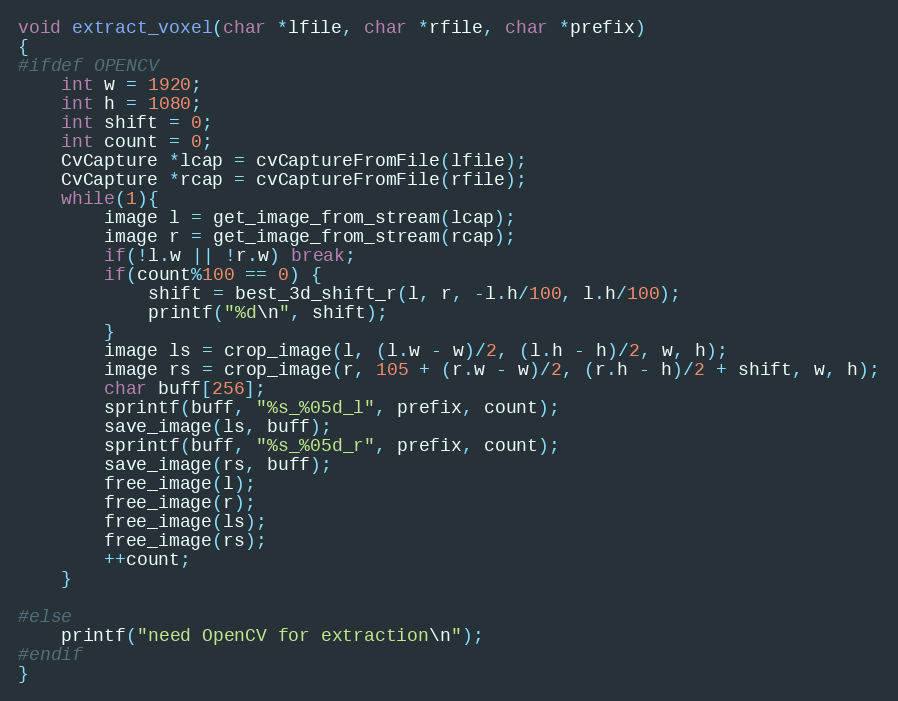
Language: C
void extract_voxel(char *lfile, char *rfile, char *prefix)
{
#ifdef OPENCV
    int w = 1920;
    int h = 1080;
    int shift = 0;
    int count = 0;
    CvCapture *lcap = cvCaptureFromFile(lfile);
    CvCapture *rcap = cvCaptureFromFile(rfile);
    while(1){
        image l = get_image_from_stream(lcap);
        image r = get_image_from_stream(rcap);
        if(!l.w || !r.w) break;
        if(count%100 == 0) {
            shift = best_3d_shift_r(l, r, -l.h/100, l.h/100);
            printf("%d\n", shift);
        }
        image ls = crop_image(l, (l.w - w)/2, (l.h - h)/2, w, h);
        image rs = crop_image(r, 105 + (r.w - w)/2, (r.h - h)/2 + shift, w, h);
        char buff[256];
        sprintf(buff, "%s_%05d_l", prefix, count);
        save_image(ls, buff);
        sprintf(buff, "%s_%05d_r", prefix, count);
        save_image(rs, buff);
        free_image(l);
        free_image(r);
        free_image(ls);
        free_image(rs);
        ++count;
    }

#else
    printf("need OpenCV for extraction\n");
#endif
}